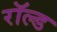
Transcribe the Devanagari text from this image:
रॉल्‍ड